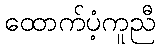
ထောက်ပံ့ကူညီ